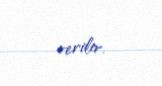
verilir.